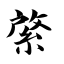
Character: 綮